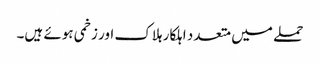
حملے میں متعدد اہلکار ہلاک اور زخمی ہوئے ہیں۔